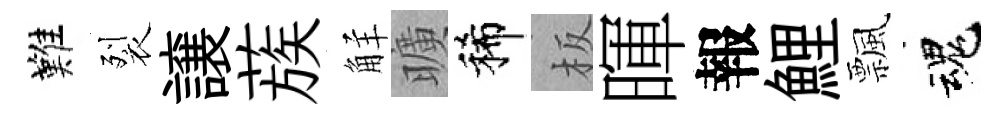
難裂譲蔟觧曠稀板暉報鯉飄魂